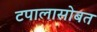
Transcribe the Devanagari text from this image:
टपालासोबत